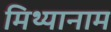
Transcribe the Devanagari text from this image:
मिथ्यानाम